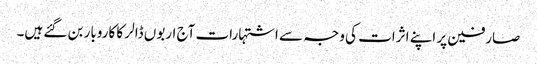
صارفین پر اپنے اثرات کی وجہ سے اشتہارات آج اربوں ڈالر کا کاروبار بن گئے ہیں۔